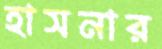
হাসনার